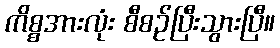
ကိစ္စအားလုံး စီစဉ်ပြီးသွားပြီ။